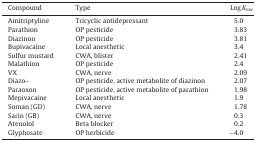
| Compound | Type | Log Kow |
 | --- | --- | --- |
 | Amitriptyline | Tricyclic antidepressant | 5.0 |
 | Parathion | OP pesticide | 3.83 |
 | Diazinon | OP pesticide | 3.81 |
 | Bupivacaine | Local anesthetic | 3.4 |
 | Sulfur mustard | CWA, blister | 2.41 |
 | Malathion | OP pesticide | 2.4 |
 | VX | CWA, nerve | 2.09 |
 | Diazo– | OP pesticide, active metabolite of diazinon | 2.07 |
 | Paraoxon | OP pesticide, active metabolite of parathion | 1.98 |
 | Mepivacaine | Local anesthetic | 1.9 |
 | Soman (GD) | CWA, nerve | 1.78 |
 | Sarin (GB) | CWA, nerve | 0.3 |
 | Atenolol | Beta blocker | 0.2 |
 | Glyphosate | OP herbicide | −4.0 |